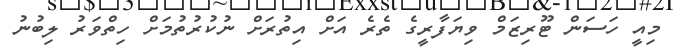
މިއީ ހަސަން ޓޫރިޒަމް ވިޔަފާރީގެ ތެރެ އަށް އިތުރަށް ނުކުރުތުމަށް ހިތްވަރު ލިބުނު